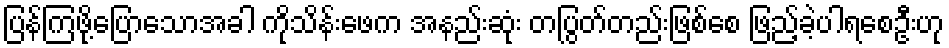
ပြန်ကြဖို့ပြောသောအခါ ကိုသိန်းဖေက အနည်းဆုံး တပြွတ်တည်းဖြစ်စေ ဖြည့်ခဲ့ပါရစေဦးဟု